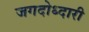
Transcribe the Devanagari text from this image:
जगदोध्दारी